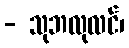
- သုဘလုလင်၊